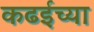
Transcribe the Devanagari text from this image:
कढईच्या